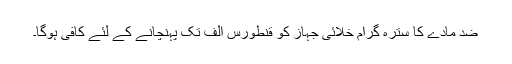
ضد مادّے کا سترہ گرام خلائی جہاز کو قنطورس الف تک پہنچانے کے لئے کافی ہوگا۔